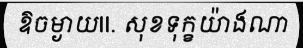
ឱចម្ងាយII. សុខទុក្ខយ៉ាងណា